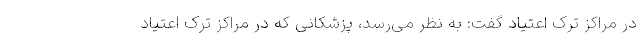
در مراکز ترک اعتیاد گفت: به نظر می‌رسد، پزشکانی که در مراکز ترک اعتیاد